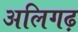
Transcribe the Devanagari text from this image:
अलिगढ़